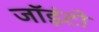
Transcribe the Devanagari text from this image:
जॉइंटो